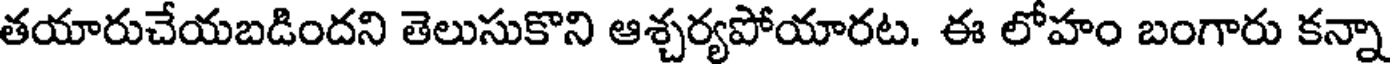
తయారుచేయబడిందని తెలుసుకొని ఆశ్చర్యపోయారట. ఈ లోహం బంగారు కన్నా